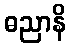
ဓညာနိ